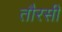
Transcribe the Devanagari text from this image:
तौरसी